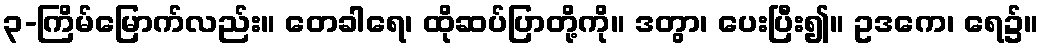
၃-ကြိမ်မြောက်လည်း။ တေခါရေ၊ ထိုဆပ်ပြာတို့ကို။ ဒတွာ၊ ပေးပြီး၍။ ဥဒကေ၊ ရေ၌။